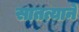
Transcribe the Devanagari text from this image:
सातत्यानें